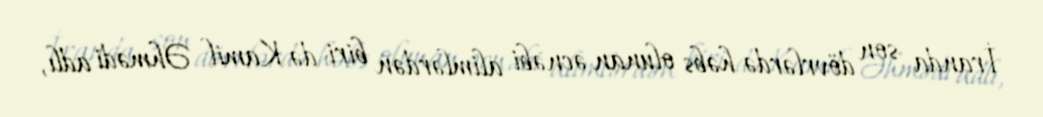
İranda son dövrlərdə həbs olunan əcnəbi alimlərdən biri də Kamil Əhmədi adlı,